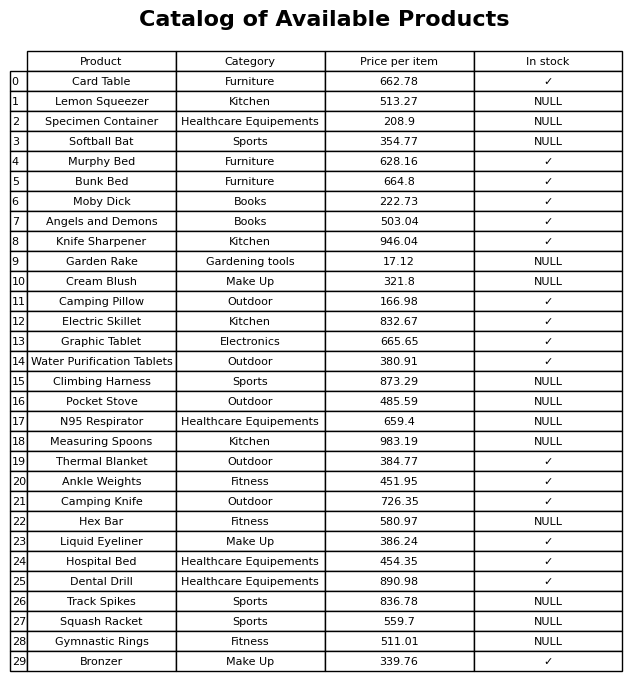
question: Which products are currently out of stock?
answer: Lemon Squeezer, Specimen Container, Softball Bat, Garden Rake, Cream Blush, Climbing Harness, Pocket Stove, N95 Respirator, Measuring Spoons, Hex Bar, Track Spikes, Squash Racket, Gymnastic Rings